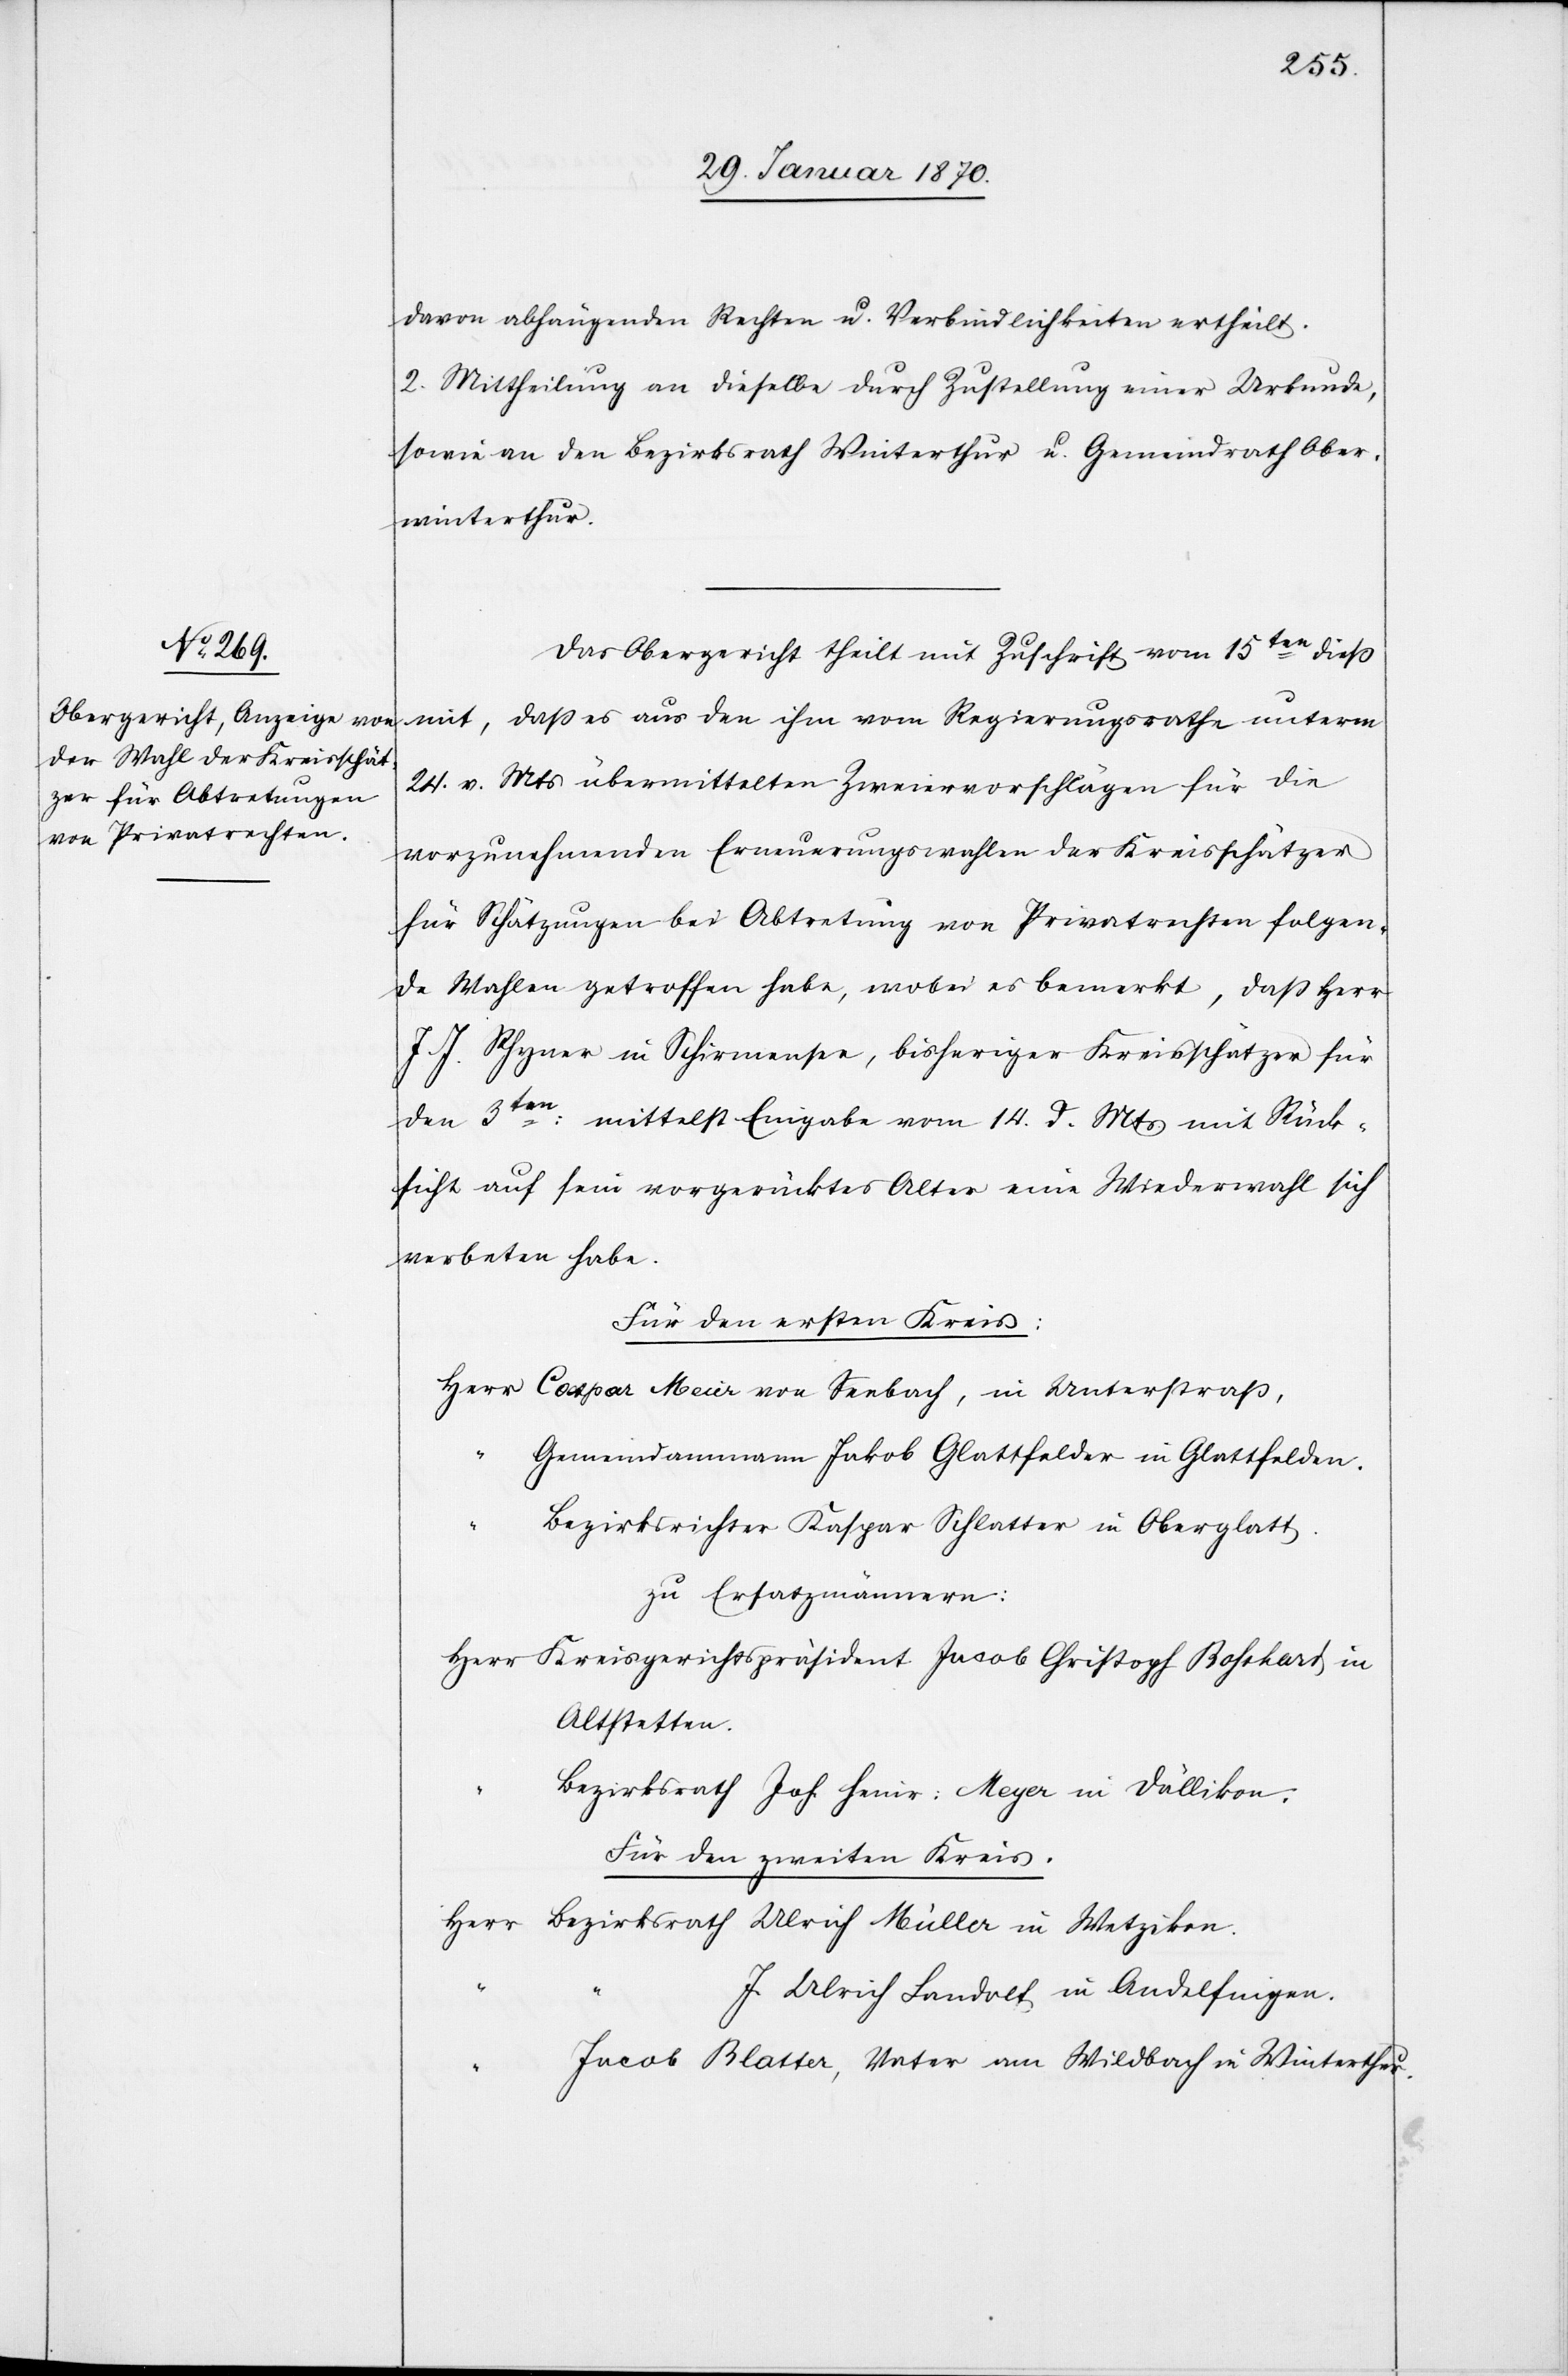
davon abhängenden Rechten u. Verbindlichkeiten ertheilt.
2. Mittheilung an dieselbe durch Zustellung einer Urkunde,
sowie an den Bezirksrath Winterthur u. Gemeindrath Ober¬
winterthur.
Das Obergericht theilt mit Zuschrift vom 15ten dieß
mit, daß es aus den ihm vom Regierungsrathe unterm
24. v. Mts übermittelten Zweiervorschlägen für die
vorzunehmenden Erneuerungswahlen der Kreisschätzer
für Schätzungen bei Abtretung von Privatrechten folgen¬
de Wahlen getroffen habe, wobei es bemerkt, daß Herr
J. J. Rhyner in Schirmensee, bisheriger Kreisschätzer für
den 3ten: mittelst Eingabe vom 14. d. Mts mit Rück¬
sicht auf sein vorgerücktes Alter eine Wiederwahl sich
verbeten habe.
Für den ersten Kreis:
Herr Caspar Meier von Seebach, in Unterstraß,
Gemeindammann Jakob Glattfelder in Glattfelden.
Bezirksrichter Kaspar Schlatter in Oberglatt.
zu Ersatzmännern:
Herr Kreisgerichtspräsident Jacob Christoph Rohrhard in
Altstetten.
Bezirksrath Joh. Heinr: Meyer in Dällikon.
Für den zweiten Kreis:
Herr Bezirksrath Ulrich Müller in Wetzikon.
J. Ulrich Landolt in Andelfingen.
“
Jacob Blatter, Vater am Wildbach in Winterthur.